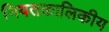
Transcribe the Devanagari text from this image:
नियतकालिकीय